Report on sanitation, dispensaries, and jails in Rajputana for 1920, and on vaccination for the year 1920-1921 - 1920-1921
Year: 1920
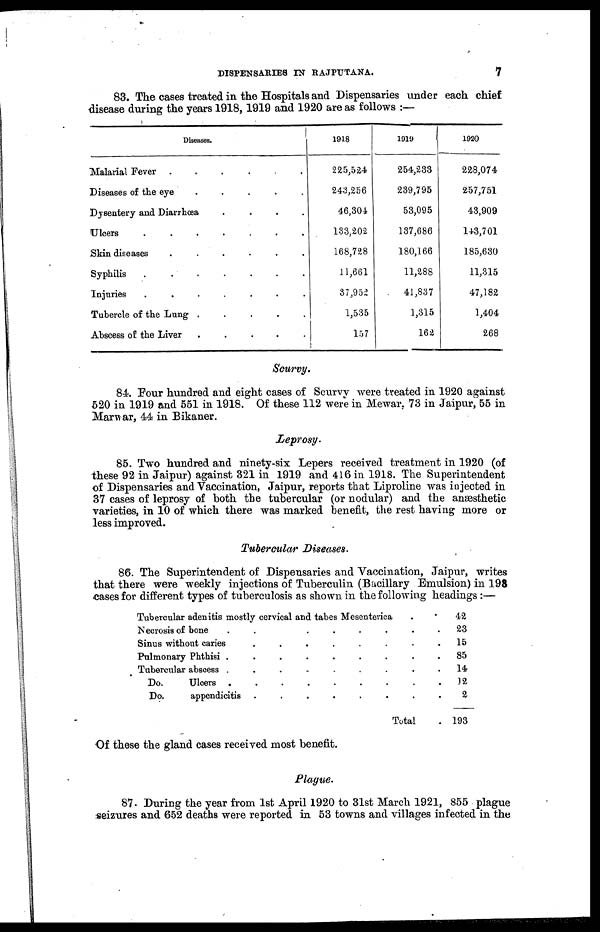
DISPENSARIES IN RAJPUTANA.
7
83. The cases treated in the Hospitals and Dispensaries under each chief
disease during the years 1918,1919 and 1920 are as follows :—
Diseases.
Malarial Fever
.
.
.
.
.
Diseases of the eye
.
.
.
.
Dysentery and Diarrhœa
.
.
.
.
Ulcers
.
.
.
.
.
Skin diseases
.
.
.
.
.
Syphilis
.
.
.
.
.
Injuries
.
.
.
.
Tubercle of the Lung
.
.
.
.
.
Abscess of the Liver
.
.
.
.
.
1918
225,524
243,256
46,304
133,202
168,728
11,661
37,952
1,535
157
1919
254,233
239,795
53,095
137,686
180,166
11,288
41,837
1,315
162
1920
228,074
257,751
43,909
143,701
185,630
11,315
47,182
1,404
268
Scurvy.
84. Four hundred and eight cases of Scurvy were treated in 1920 against
520 in 1919 and 551 in 1918. Of these 112 were in Mewar, 73 in Jaipur, 55 in
Marwar, 44 in Bikaner.
Leprosy.
85. Two hundred and ninety-six Lepers received treatment in 1920 (of
these 92 in Jaipur) against 321 in 1919 and 416 in 1918. The Superintendent
of Dispensaries and Vaccination, Jaipur, reports that Liproline was injected in
37 cases of leprosy of both the tubercular (or nodular) and the anæsthetic
varieties, in 10 of which there was marked benefit, the rest having more or
less improved.
Tubercular Diseases.
86. The Superintendent of Dispensaries and Vaccination, Jaipur, writes
that there were weekly injections of Tuberculin (Bacillary Emulsion) in 198
cases for different types of tuberculosis as shown in the following headings :—
Tubercular adenitis mostly cervical and tabes Mesenterica . . .
Necrosis of bone
.
.
.
.
.
Sinus without caries . . . . . .
Pulmonary Phthisi . . . . . .
Tubercular abscess . . . . . .
Do.
Ulcers
.
.
.
.
.
Do. appendicitis . . . . . .
Total
42
23
15
85
14
12
2
193
Of these the gland cases received most benefit.
Plague.
87. During the year from 1st April 1920 to 31st March 1921, 855 plague
seizures and 652 deaths were reported in 53 towns and villages infected in the